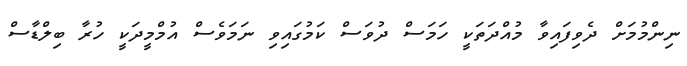
ނިންމުމަށް ދެވިފައިވާ މުއްދަތަކީ ހަމަސް ދުވަސް ކަމުގައިވި ނަމަވެސް އުމްމީދަކީ ހުރާ ބިލްޑާސް